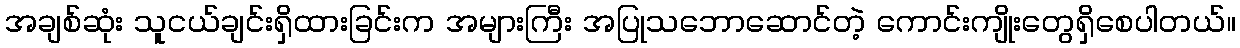
အချစ်ဆုံး သူငယ်ချင်းရှိထားခြင်းက အများကြီး အပြုသဘောဆောင်တဲ့ ကောင်းကျိုးတွေရှိစေပါတယ်။